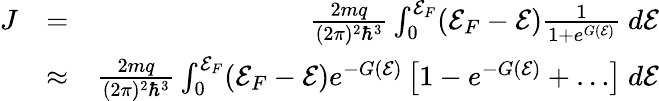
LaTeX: \begin{array}{rlr}{J}&{=}&{\frac{2mq}{(2\pi)^{2}\hbar^{3}}\int_{0}^{{\cal E}_{F}}({\cal E}_{F}-{\cal E})\frac{1}{1+e^{G({\cal E})}}~d{{\cal E}}}\\ &{\approx}&{\frac{2mq}{(2\pi)^{2}\hbar^{3}}\int_{0}^{{\cal E}_{F}}({\cal E}_{F}-{\cal E})e^{-G({\cal E})}\left[1-e^{-G({\cal E})}+\ldots\right]~d{{\cal E}}}\end{array}